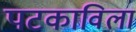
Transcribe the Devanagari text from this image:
पटकाविला